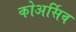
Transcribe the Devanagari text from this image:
कोअर्सिव